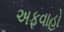
અફવાહો